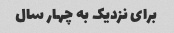
برای نزدیک به چهار سال